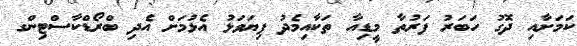
ކަމަށާއި ދޮގު ހަބަރު ފަރުތާ މީޑިއާ ތަކާއިމެދު ފިޔަވަޅު އެޅުމަށް އެދި ބްރޯޑްކާސްޓިންގ